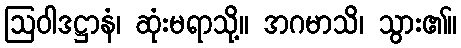
ဩဝါဒဋ္ဌာနံ၊ ဆုံးမရာသို့။ အဂမာသိ၊ သွား၏။